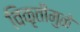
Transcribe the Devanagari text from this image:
विकृतीमुळे